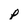
Character: p